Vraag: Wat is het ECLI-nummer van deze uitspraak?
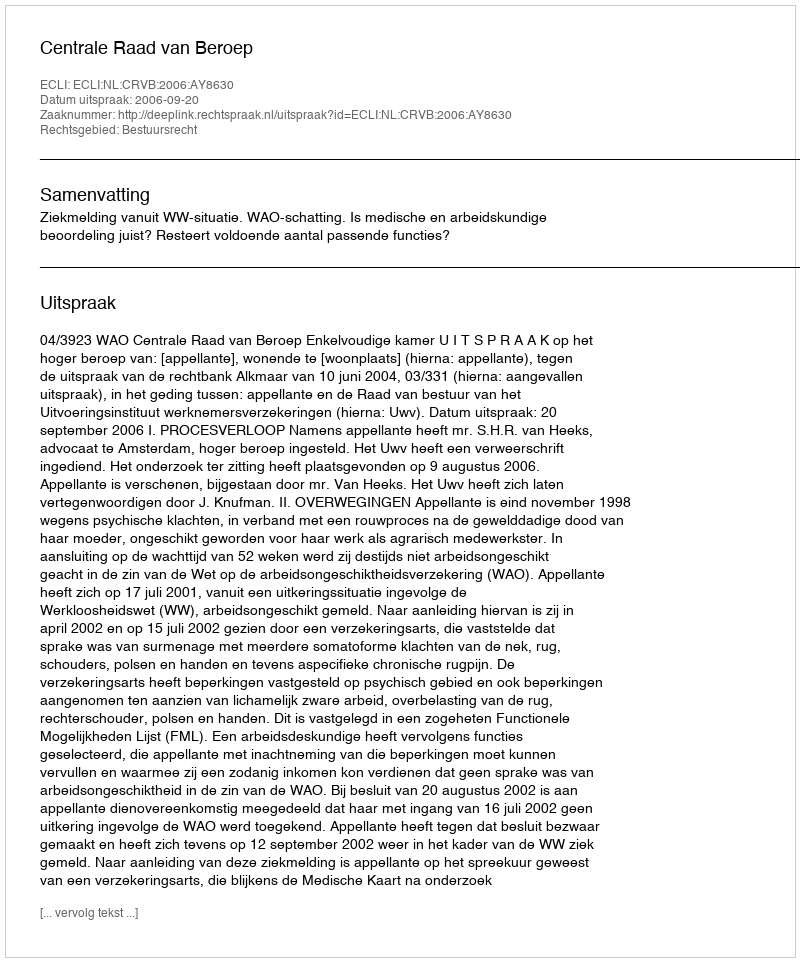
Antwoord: ECLI:NL:CRVB:2006:AY8630